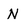
Character: N